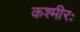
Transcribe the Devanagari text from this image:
कश्मीरः